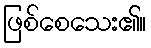
ဖြစ်စေသေး၏။